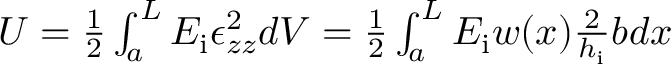
\begin{array} { r } { U = \frac { 1 } { 2 } \int _ { a } ^ { L } E _ { \mathrm { i } } \epsilon _ { z z } ^ { 2 } d V = \frac { 1 } { 2 } \int _ { a } ^ { L } E _ { \mathrm { i } } w ( x ) \frac { 2 } { h _ { \mathrm { i } } } b d x } \end{array}